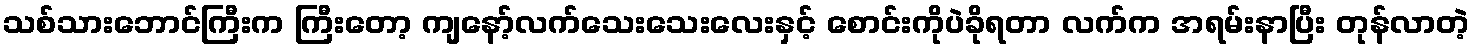
သစ်သားဘောင်ကြီးက ကြီးတော့ ကျနော့်လက်သေးသေးလေးနှင့် စောင်းကိုပဲခိုရတာ လက်က အရမ်းနာပြီး တုန်လာတဲ့